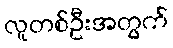
လူတစ်ဦးအတွက်